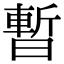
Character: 暫